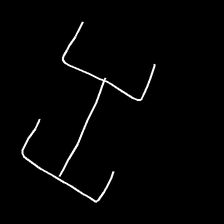
Glyph: entwine